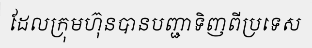
ដែលក្រុមហ៊ុនបានបញ្ជាទិញពីប្រទេស